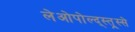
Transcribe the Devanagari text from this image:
लेओपोल्द्स्त्र्स्से